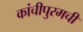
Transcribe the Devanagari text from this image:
कांचीपुरमची